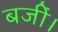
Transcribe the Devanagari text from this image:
बजीं।